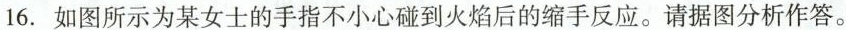
16.如图所示为某女士的手指不小心碰到火焰后的缩手反应。请据图分析作答。